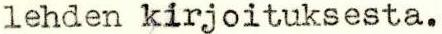
lehden kirjoituksesta.